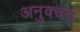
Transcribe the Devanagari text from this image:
अनुवचन